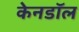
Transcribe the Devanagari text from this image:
केनडॉल